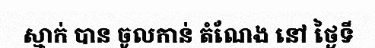
ស្មាក់ បាន ចូលកាន់ តំណែង នៅ ថ្ងៃទី